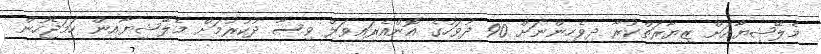
މެލޭޝިޔާއަށް ޒިޔާރަތްކުރާ ދިވެހިންނަށް 90 ދުވަހުގެ އޮންއެރައިވަލް ވިސާ ދުކުރުމަށް މެލޭޝިޔާއިން ހަމަޖެހުން